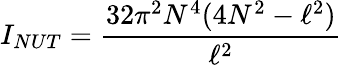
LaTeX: I_{NUT}=\frac{32\pi^{2}N^{4}(4N^{2}-\ell^{2})}{\ell^{2}}